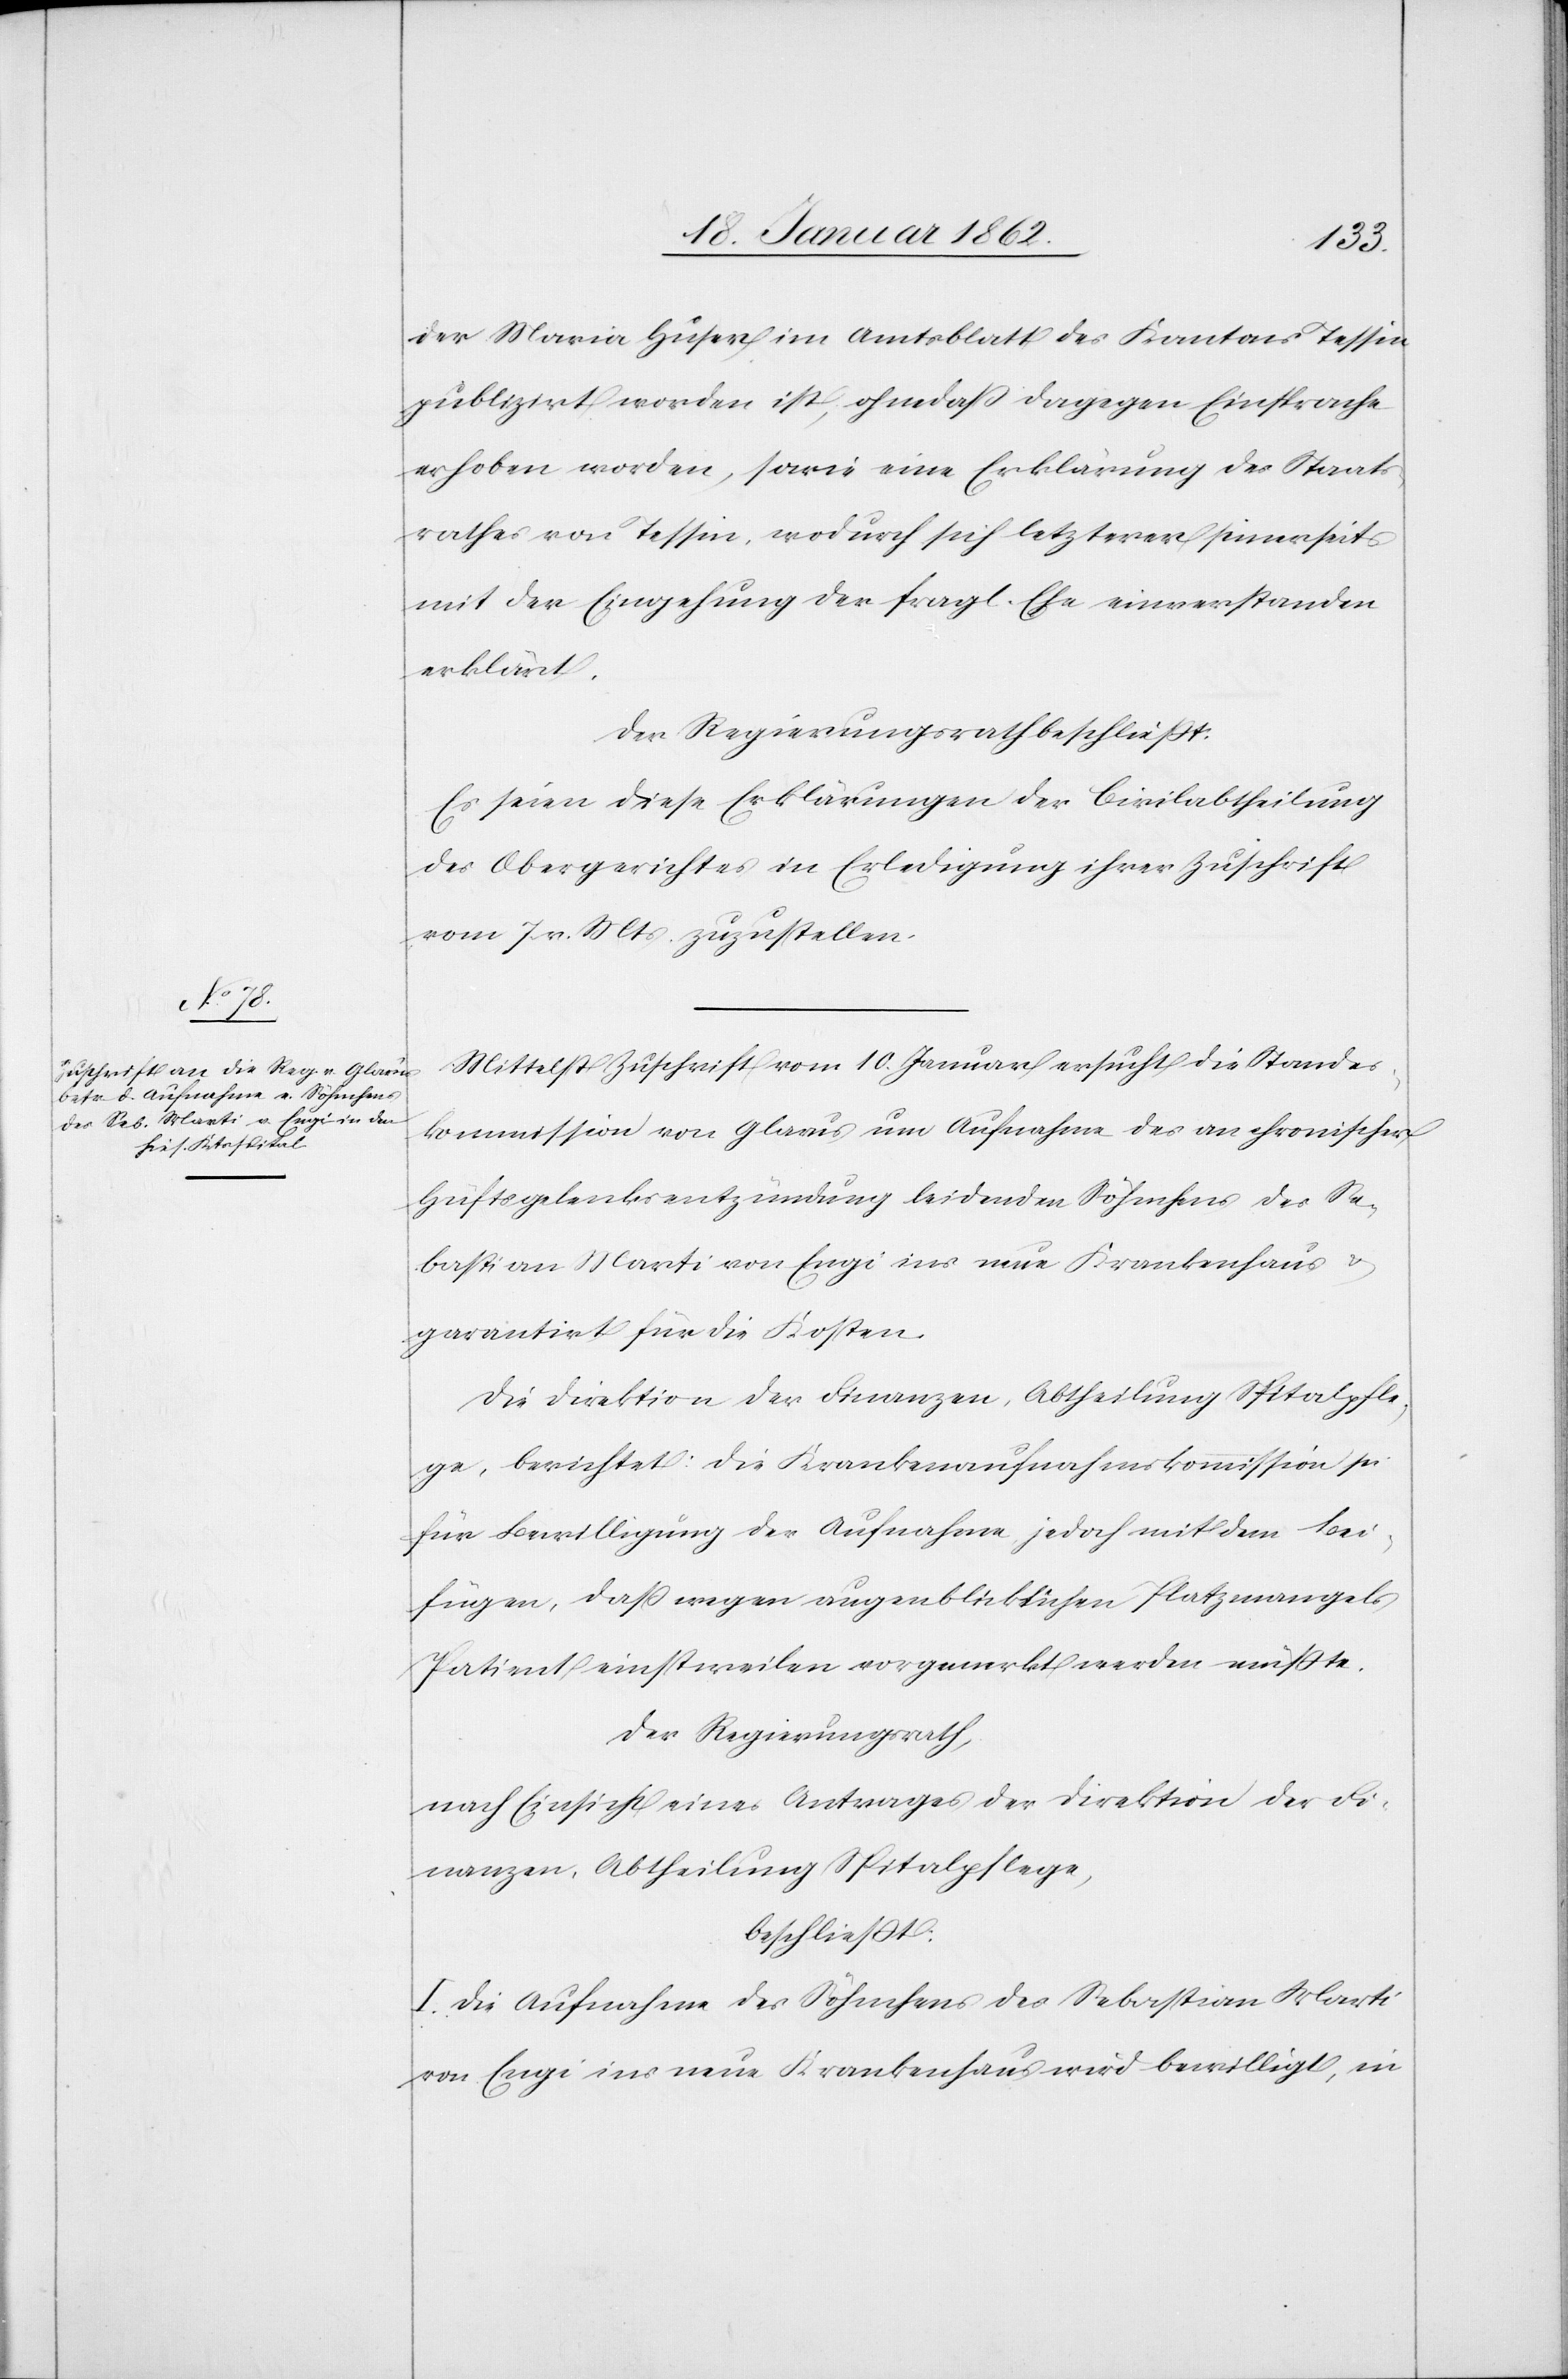
der Maria Huser im Amtsblatt des Kantons Tessin
publizirt worden ist, ohne daß dagegen Einsprache
erhoben worden, sowie eine Erklärung des Staats¬
rathes von Tessin, wodurch sich letzterer seinerseits
mit der Eingehung der fragl. Ehe einverstanden
erklärt.
Der Regierungsrath beschließt:
Es seien diese Erklärungen der Civilabtheilung
des Obergerichtes in Erledigung ihrer Zuschrift
vom 7 v. Mts. zuzustellen.
Mittelst Zuschrift vom 10. Januar ersucht die Standes¬
kommission von Glarus um Aufnahme des an chronischer
Hüftsgelenksentzündung leidenden Söhnchens des Se¬
bastian Marti von Engi ins neue Krankenhaus u.
garantirt für die Kosten.
Die Direktion der Finanzen, Abtheilung Spitalpfle¬
ge, berichtet: Die Krankenaufnahmskommission sei
für Bewilligung der Aufnahme, jedoch mit dem Bei¬
fügen, daß wegen augenblicklichen Platzmangels
Patient einstweilen vorgemerkt werden müßte.
Der Regierungsrath,
nach Einsicht eines Antrages der Direktion der Fi¬
nanzen, Abtheilung Spitalpflege,
beschließt:
I. Die Aufnahme des Söhnchens des Sebastian Marti
von Engi ins neue Krankenhaus wird bewilligt, in